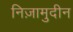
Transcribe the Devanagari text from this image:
निज़ामुदीन